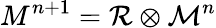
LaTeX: {M}^{n+1}={\cal R}\otimes{\cal M}^{n}